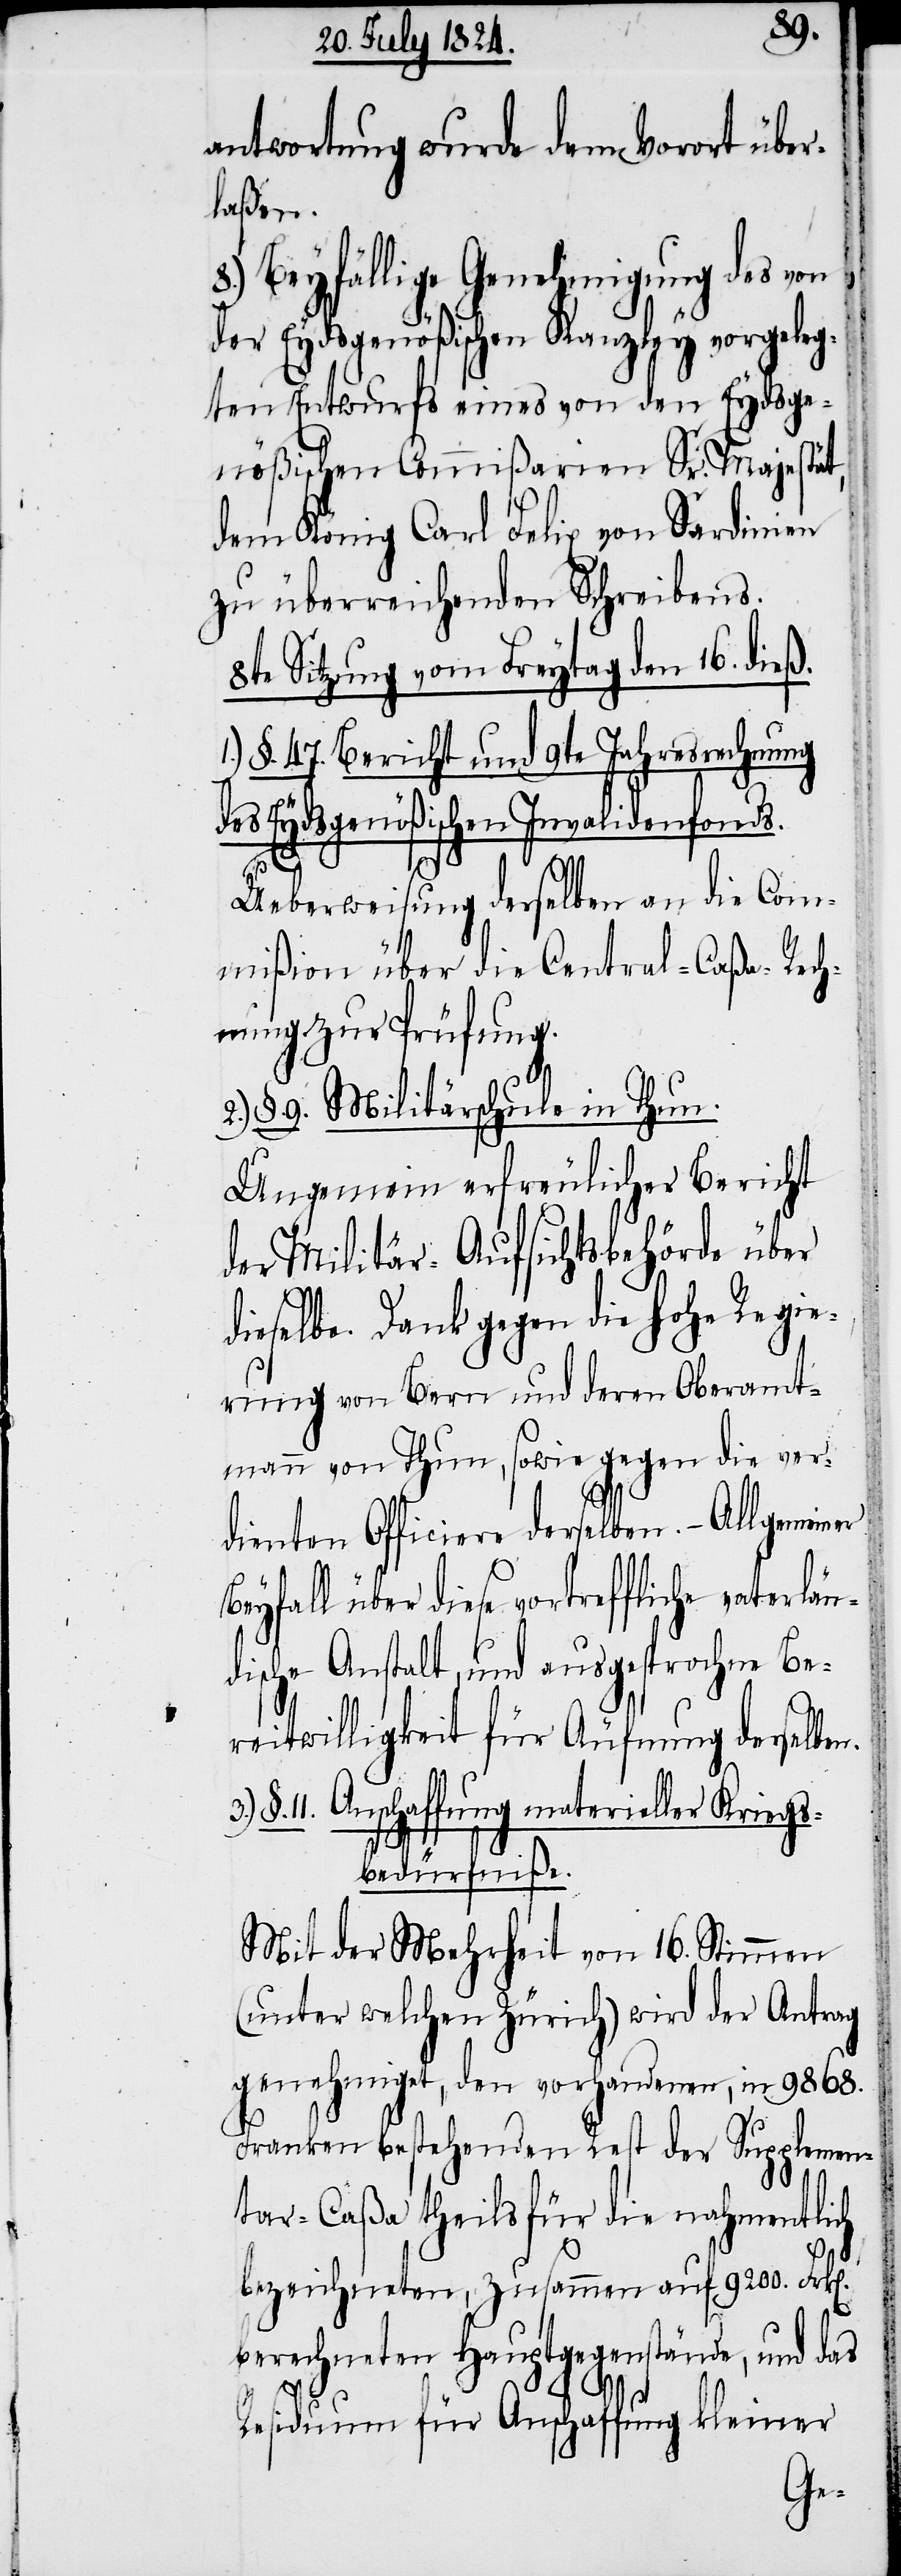
antwortung wurde dem Vorort über¬
laßen.
8.) Beyfällige Genehmigung des von
n].
der Eydsgenößischen Kanzley vorgeleg¬
ten Entwurfs eines von den Eydsge¬
nößischen Commißarien Sr. Majestät,
dem König Carl Felix von Sardinien
zu überreichenden Schreibens.
8te Sitzung vom Freytag den 16. dieß.
§. 47. Bericht und 9te Jahresrechnung
des Eydsgenößischen Invalidenfonds.
Ueberweisung derselben an die Com¬
mißion über die Central-Caßa-Rech¬
nung zur Prüfung.
§. 9. Militärschule in Thun.
Ungemein erfreulicher Bericht
der Militär-Aufsichtsbehörde über
dieselbe. Dank gegen die hohe Regie¬
rung von Bern und deren Oberamt¬
mann von Thun, sowie gegen die ver¬
dienten Officiere derselben. – Allgemei¬
Beyfall über diese vortreffliche vaterlän¬
dische Anstalt, und ausgesprochene Be¬
reitwilligkeit für Äufnung derselben.
§. 11. Anschaffung materieller Kriegs¬
bedürfniße.
Mit der Mehrheit von 16. Stimmen
(unter welchen Zürich) wird der Antrag
genehmigt, den vorhandenen, in 9868.
Franken bestehenden Rest der Supplemen¬
tar-Caßa theils für die nahmentlich
bezeichneten, zusammen auf 9200. Frk[e¬
berechneten Hauptgegenstände, und das
Residiuum für Anschaffung kleiner